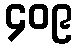
၄၀၉